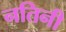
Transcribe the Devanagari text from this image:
नतिनी